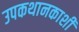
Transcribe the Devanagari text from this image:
उपकथानकाशी